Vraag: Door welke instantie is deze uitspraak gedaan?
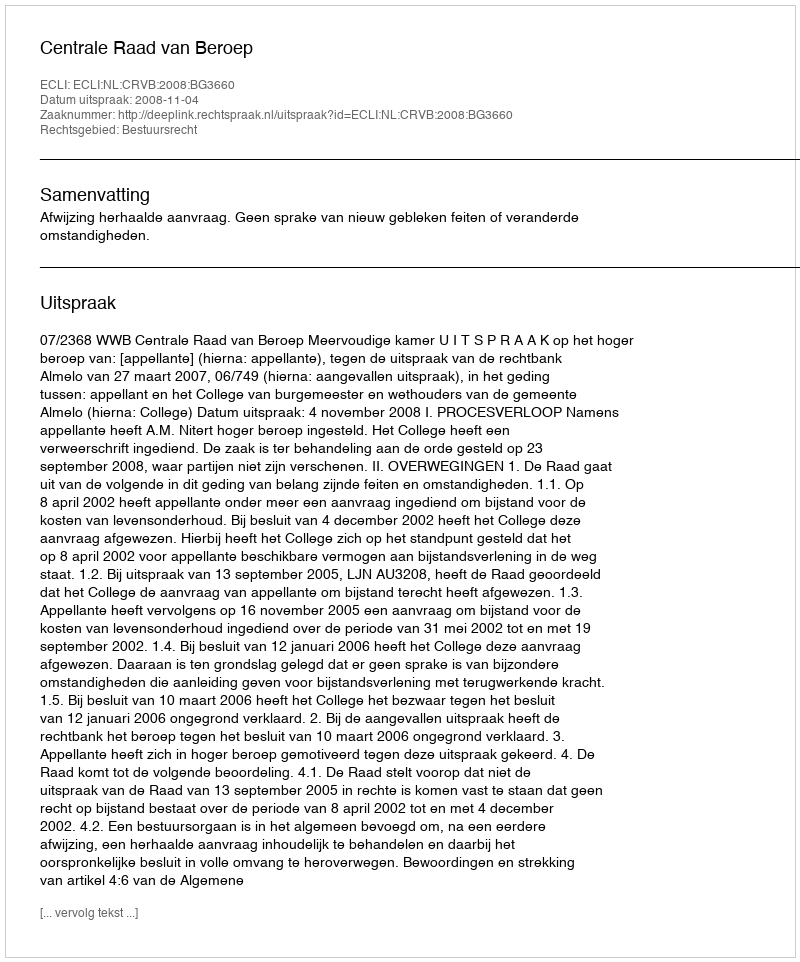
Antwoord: Centrale Raad van Beroep